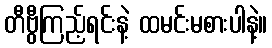
တီဗွီကြည့်ရင်းနဲ့ ထမင်းမစားပါနဲ့။